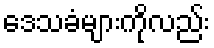
ဒေသခံများကိုလည်း